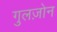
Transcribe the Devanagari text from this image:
गुलज़ोन